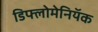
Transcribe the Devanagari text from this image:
डिफ्लोमेनियॅक